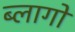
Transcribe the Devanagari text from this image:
ब्लागों